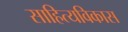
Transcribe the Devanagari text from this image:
साहित्यविकास